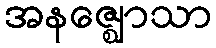
အနဇ္ဈောသာ